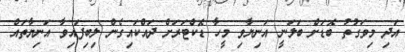
އަދި މިވަގުތު ބޮޑަށް ބަލަނީ އަނިޔާވި މީހާ ޑޮކްޓަރަށް ދައްކައިގެން ލިބިފައިވާ އަނިޔާތައް